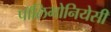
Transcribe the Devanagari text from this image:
पॉलिमोनियेसी